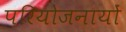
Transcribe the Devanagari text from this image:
परियोजनायों